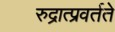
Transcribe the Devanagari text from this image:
रुद्रात्प्रवर्तते